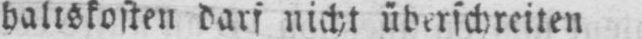
baltskosten darf nicht überschreiten